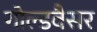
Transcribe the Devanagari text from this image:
गोल्डवैसर